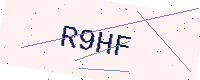
Text: R9HF